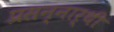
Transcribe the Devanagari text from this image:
प्रसन्नार्थी